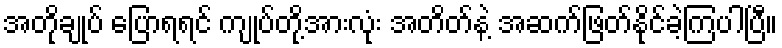
အတိုချုပ် ပြောရရင် ကျုပ်တို့အားလုံး အတိတ်နဲ့ အဆက်ဖြတ်နိုင်ခဲ့ကြပါပြီ။